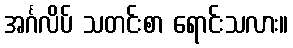
အင်္ဂလိပ် သတင်းစာ ရောင်းသလား။